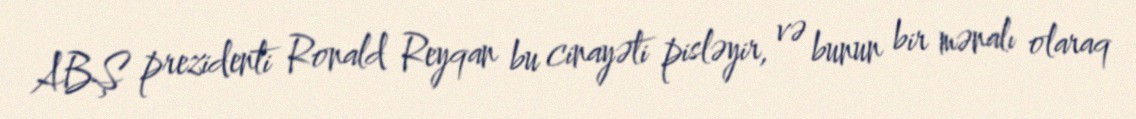
ABŞ prezidenti Ronald Reyqan bu cinayəti pisləyir, və bunun bir mənalı olaraq